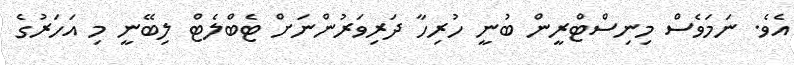
އެވެ. ނަމަވެސް މިނިސްޓްރީން ބުުނީ ހުރިހާ ދަރިވަރުންނަށް ޓެބްލެޓް ލިބޭނީ މި އަހަރުގެ